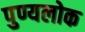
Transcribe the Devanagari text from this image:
पुण्यलोक